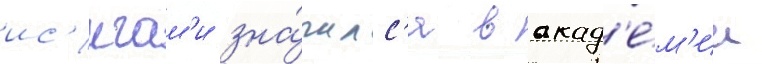
ис'игам'и зна́чилс'я в акад'е́м'ии